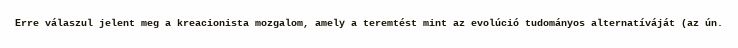
Erre válaszul jelent meg a kreacionista mozgalom, amely a teremtést mint az evolúció tudományos alternatíváját (az ún.